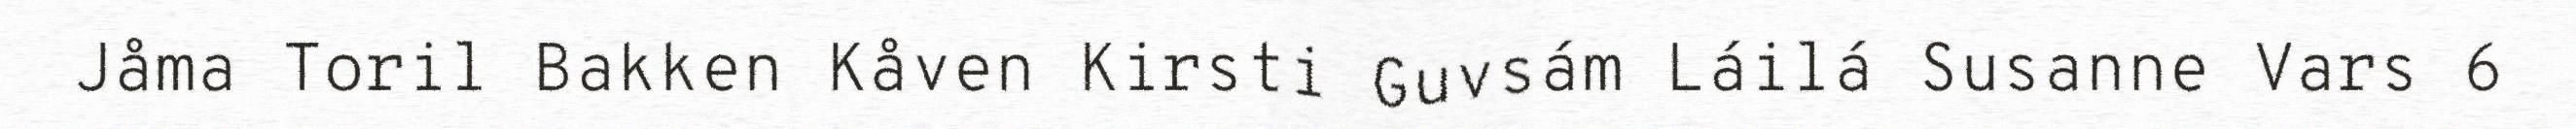
Jåma Toril Bakken Kåven Kirsti Guvsám Láilá Susanne Vars 6